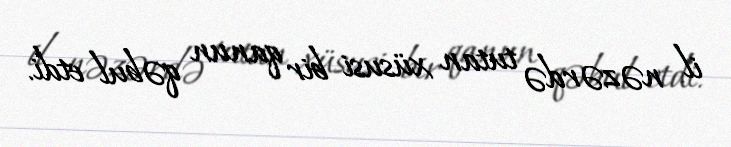
il nəzərdə tutan xüsusi bir qanun qəbul etdi.